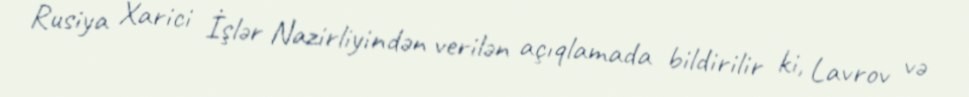
Rusiya Xarici İşlər Nazirliyindən verilən açıqlamada bildirilir ki, Lavrov və